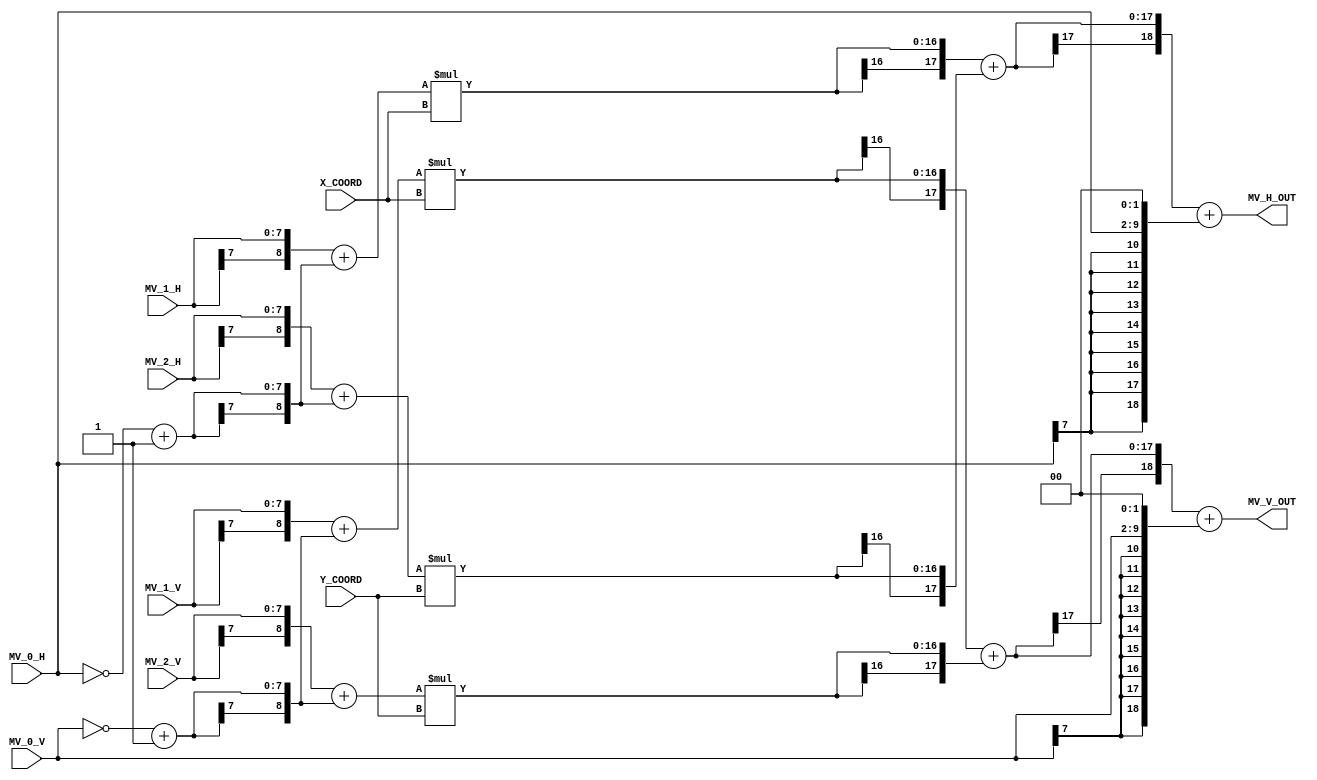
/*--------------------------------------------------------------------
 * Date generated: 2023-04-12
 * Date modified: 08/05/2023
 * Description: Motion Vectors generator for 6-parameters
 *------------------------------------------------------------------------------ */

module MV_generator_6 (
	X_COORD,				// The X coordinate of the sample to be reconstructed [Fast Affine ME for VVC, Park S.]
	Y_COORD,				// The Y coordinate of the sample to be reconstructed [Fast Affine ME for VVC, Park S.]	
	MV_0_H,					// Horizontal component for MV0
	MV_1_H,					// Horizontal component for MV1	
    MV_2_H,					// Horizontal component for MV2	
	MV_0_V,					// Vertical component for MV0
	MV_1_V,					// Vertical component for MV1	
    MV_2_V,					// Vertical component for MV2	
	MV_H_OUT,				// Horizontal component for the resultant MV
	MV_V_OUT				// Vertical component for the resultant MV	
);


// ------------------------------------------
// IO declaration
// ------------------------------------------
	input signed [7:0] X_COORD;
	input signed [7:0] Y_COORD;
	
	input signed [7:0] MV_0_H;
	input signed [7:0] MV_1_H;
    input signed [7:0] MV_2_H;
	
	input signed [7:0] MV_0_V;
	input signed [7:0] MV_1_V;
    input signed [7:0] MV_2_V;

	output wire signed [18:0] MV_H_OUT;
	output wire signed [18:0] MV_V_OUT;
	

// ------------------------------------------
// Signals definitions
// ------------------------------------------
	wire signed [7:0] MINUS_MV_0_H;
	wire signed [7:0] MINUS_MV_0_V;

	wire signed [8:0] SUB_H_0;
    wire signed [8:0] SUB_H_1;

	wire signed [8:0] SUB_V_0;
    wire signed [8:0] SUB_V_1;
	
	wire signed [16:0] MULT_H_0;	// 9 bits * 8 bits = 17 bits
	wire signed [16:0] MULT_H_1;	// 9 bits * 8 bits = 17 bits
    
	wire signed [16:0] MULT_V_0;	// 9 bits * 8 bits = 17 bits
	wire signed [16:0] MULT_V_1;	// 9 bits * 8 bits = 17 bits
	
	wire signed [17:0] SUM_H;
	wire signed [17:0] SUM_V;
	
	wire signed [18:0] MV_0_H_EXT;
	wire signed [18:0] MV_0_V_EXT;
	
	
// ------------------------------------------
// Logic
// ------------------------------------------
	assign MINUS_MV_0_H = ~MV_0_H + 8'b1;
	assign MINUS_MV_0_V = ~MV_0_V + 8'b1; 

	assign SUB_H_0 = {MV_1_H[7], MV_1_H} + {MINUS_MV_0_H[7], MINUS_MV_0_H};	
    assign SUB_H_1 = {MV_2_H[7], MV_2_H} + {MINUS_MV_0_H[7], MINUS_MV_0_H};

	assign SUB_V_0 = {MV_1_V[7], MV_1_V} + {MINUS_MV_0_V[7], MINUS_MV_0_V};
    assign SUB_V_1 = {MV_2_V[7], MV_2_V} + {MINUS_MV_0_V[7], MINUS_MV_0_V};
	
	assign MULT_H_0 = SUB_H_0 * X_COORD;
	assign MULT_H_1 = SUB_H_1 * Y_COORD; 
	
	assign MULT_V_0 = SUB_V_0 * X_COORD;
	assign MULT_V_1 = SUB_V_1 * Y_COORD; 

	// When there's a division by 4, the point is fixed at .xx (>> 2)
	// When there's a division by 4, the point is fixed at .xx (>> 2)
    
	assign SUM_H = {MULT_H_0[16], MULT_H_0} + {MULT_H_1[16], MULT_H_1};
	assign MV_0_H_EXT = {MV_0_H[7], MV_0_H[7], MV_0_H[7], MV_0_H[7], MV_0_H[7], MV_0_H[7], MV_0_H[7], MV_0_H[7], MV_0_H[7], MV_0_H, 2'b0};
	
	assign SUM_V = {MULT_V_0[16], MULT_V_0} + {MULT_V_1[16], MULT_V_1}; 
	assign MV_0_V_EXT = {MV_0_V[7], MV_0_V[7], MV_0_V[7], MV_0_V[7], MV_0_V[7], MV_0_V[7], MV_0_V[7], MV_0_V[7], MV_0_V[7], MV_0_V, 2'b0};
	
	assign MV_H_OUT = {SUM_H[17], SUM_H} + MV_0_H_EXT;
	assign MV_V_OUT = {SUM_V[17], SUM_V} + MV_0_V_EXT;
	
endmodule // MV_generator_6